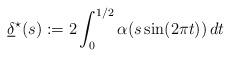
LaTeX: \begin{align*} \underline{\delta}^\star(s) := 2\int_{0}^{1/2} \alpha(s \sin(2\pi t))\,dt \end{align*}